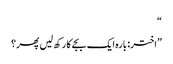
“
”اختر: بارہ ایک بجے کا رکھ لیں پھر؟